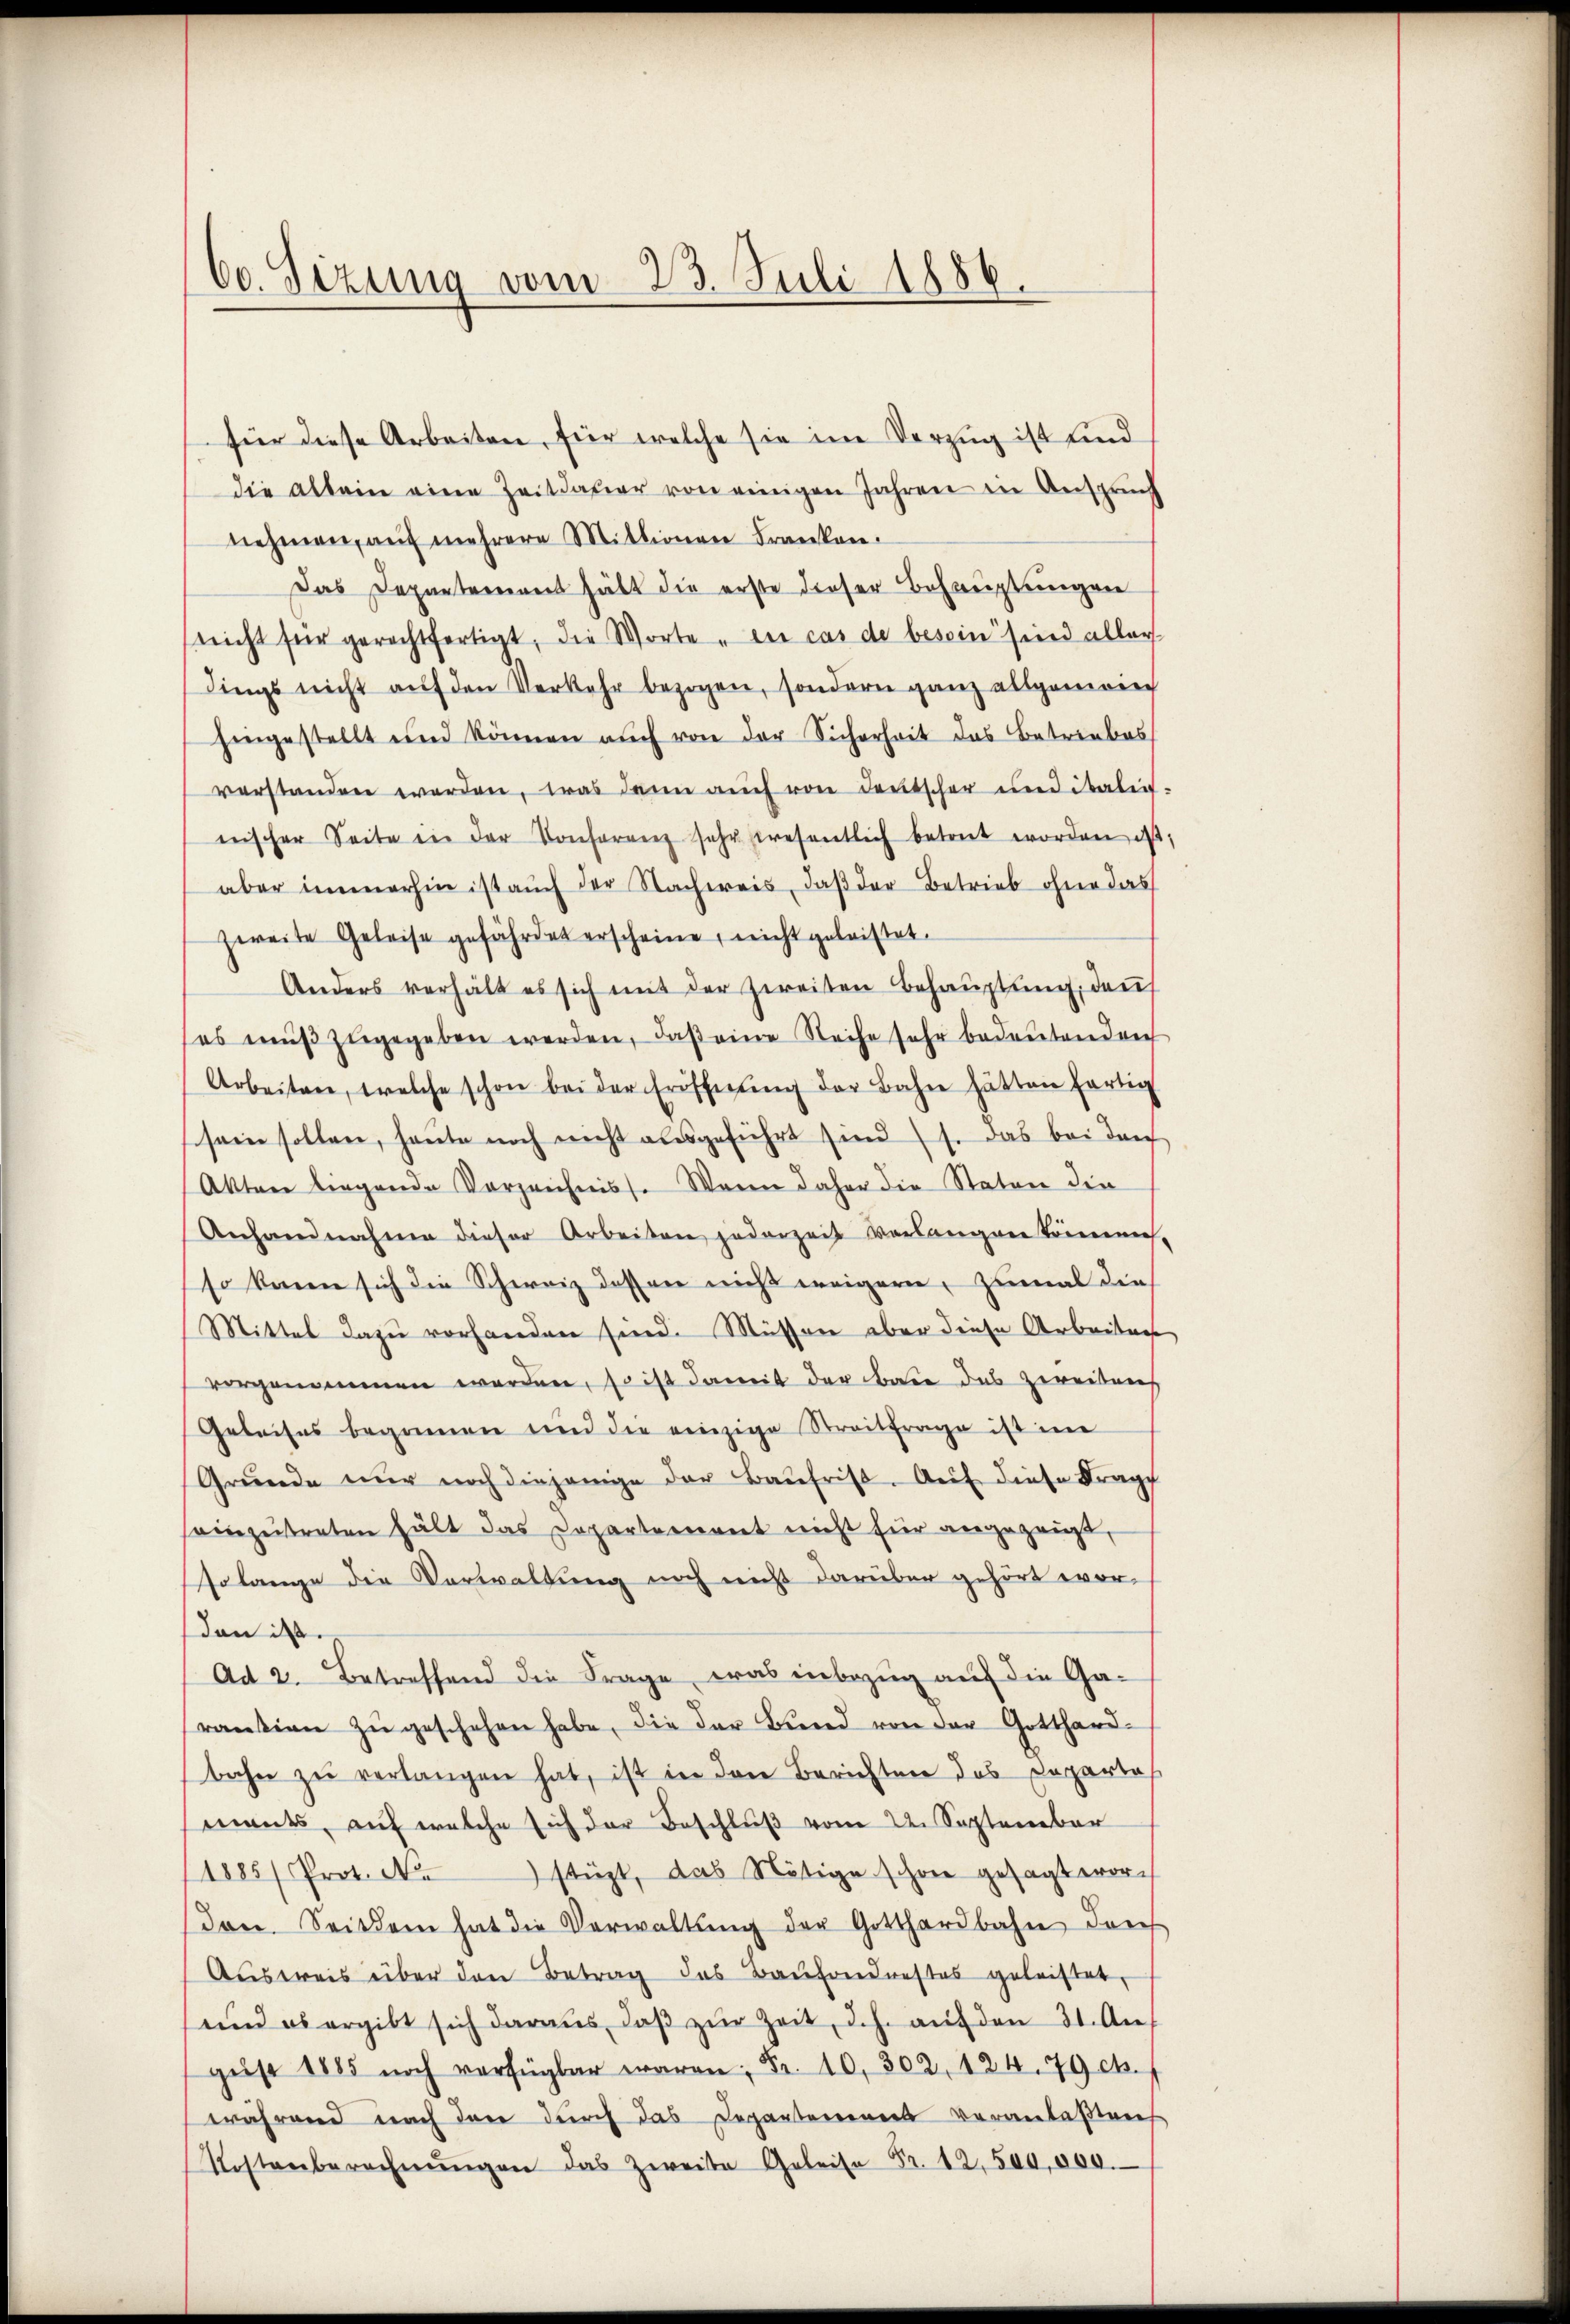
60. Sizung vom 23. Juli 1886.

für diese Arbeiten, für welche sie im Vorzug ist und
die allein eine Zeitdauer von einigen Jahren in Anspruch
nehmen, auf mehrere Mittionen Franken.
Das Departement hält die erste dieser Behauptungen
nicht für gerechtfertigt, die Worte „in cas de besoin sind aller
dings nicht aŭf den Verkehr bezogen, sondern ganz allgemeing
hingestellt und können aŭch von der Sicherheit das Betriebes
verstanden werden, was dann auch von Deutscher und italie-
nischer Seite in der Konferenz sehr wesentlich betret worden ist,
aber immerhin ist auch der Nachweis, daß der Betrieb ohne das
zweite Geleise gefährdet erscheine, nicht geleistet.
Anders verhält es sich mit der Zweiten Behauptung, dau
(es mŭβ zŭgegeben werden, daß eine Reihe sehr bedeutendenh
Arbeiten, welche schon bei der Eröscherŭng der Bahn hätten fertig
sein sollen, heŭte noch nicht ausgeführt sind (s. das bei durch
Akten liegende Vorzeichniss. Wenn daher die Staten die
Anhandnahme dieser Arbeiten jederzeit verlangen könnens-
so kann sich die Schweiz dessen nicht weigern, zumal die
Mittel dazu vorhanden sind. Müssere aber diese Arbeitun
vorgenommen worden, so ist damit der bare das zweitenh
Geleises begonnen und die einzige Streitfrage ist im
Grŭnde nur noch diejenige der Baŭfrist. Aŭf diese Frage
sennzeitreten hält das Departement nicht für angezeigt,
so lange die Verwaltung noch nicht darüber gehört wordan i
Ad 2. Betreffend die Frage, was inbezug auf die Ga-
raŭtion zŭ geschehen habe, die der Bŭnd von der Gotthard-
bahn zu verlangen hat, ist in den Berichten das Departal
mants, auf welche sich der Beschlŭβ vom 22. September
1885/ Prot. No stüzt, das Nötige schon gesagt wordon. Seitdem hat die Verwaltŭng der Gotthardbahn doch
Aŭsweis über den Betrag des Baŭfondrestes geleistet,
und es ergibt sich daraus, daβ zŭr Zeit, d.h. aŭf den 31. An
gŭst 1885 noch verfügbar waren Fr. 10. 302, 124. 79 ct.
während nach den durch das Departemens veranlaßten
Kostenberechnŭngen das Zweite Geleise Fr. 12,500,000.